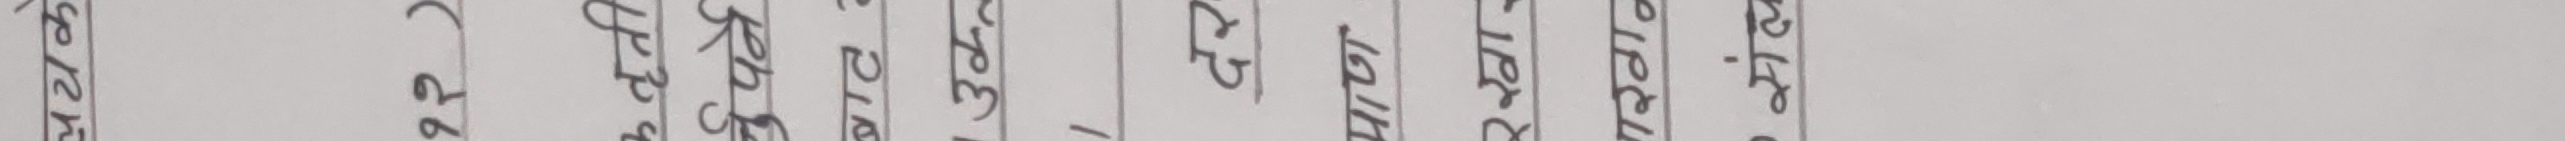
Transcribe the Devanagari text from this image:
श्री चरण क्षेत्र कक को दे चापाका